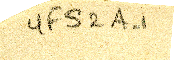
YFS2A-1